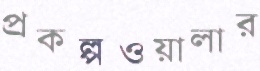
প্রকল্পওয়ালার